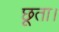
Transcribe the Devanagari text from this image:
छूता।